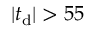
| t _ { \mathrm { d } } | > 5 5